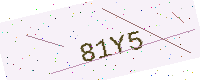
Text: 81Y5